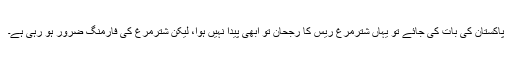
پاکستان کی بات کی جائے تو یہاں شترمرغ ریس کا رجحان تو ابھی پیدا نہیں ہوا، لیکن شترمرغ کی فارمنگ ضرور ہو رہی ہے۔